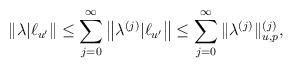
LaTeX: \begin{align*}\|\lambda|\ell_{u'}\| \leq \sum_{j=0}^\infty \left\|\lambda^{(j)}|\ell_{u'}\right\|\leq \sum_{j=0}^\infty \|\lambda^{(j)} \|^{(j)}_{u,p},\end{align*}